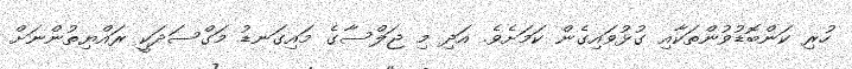
ހުރި ކަންބޮޑުވުންތަކާއި ގުޅުވައިގެން ކަމަށެވެ. އަދި މި ޖަލްސާގެ މައިގަނޑު މަގްސަދަކީ ރައްޔިތުންނަށް